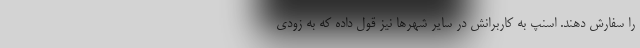
را سفارش دهند. اسنپ به کاربرانش در سایر شهرها نیز قول داده که به زودی